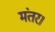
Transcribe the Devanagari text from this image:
मंतर।